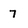
Character: 7